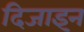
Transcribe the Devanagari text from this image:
दिजाइन